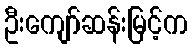
ဦးကျော်ဆန်းမြင့်က